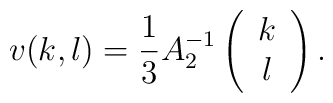
v(k,l)=\frac{1}{3}A_2^{-1}\left(\begin{array}{c}k\\l\end{array}\right).